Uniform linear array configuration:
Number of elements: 4
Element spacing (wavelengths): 0.75
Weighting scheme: uniform
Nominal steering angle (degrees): -45
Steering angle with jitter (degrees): -43.469
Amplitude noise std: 0.05
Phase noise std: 0.05

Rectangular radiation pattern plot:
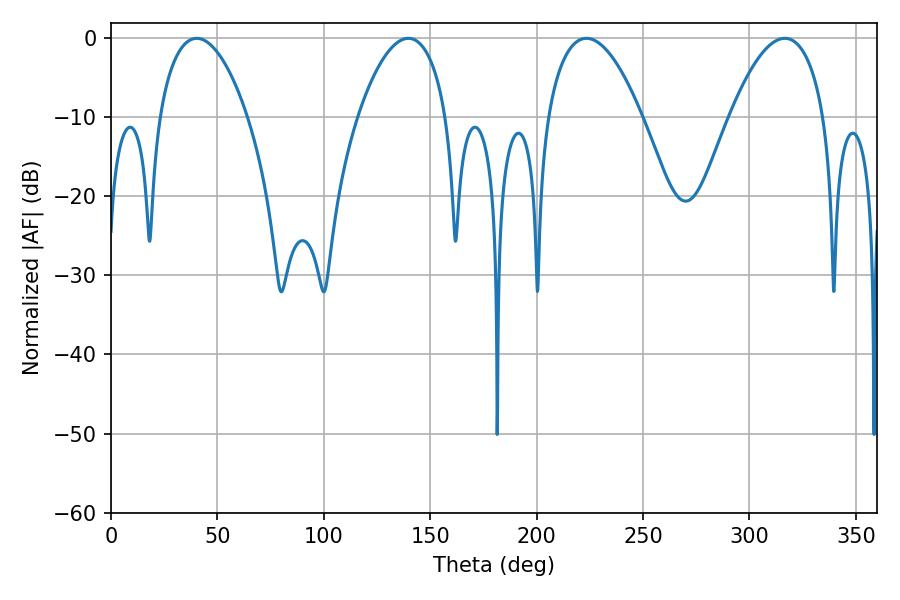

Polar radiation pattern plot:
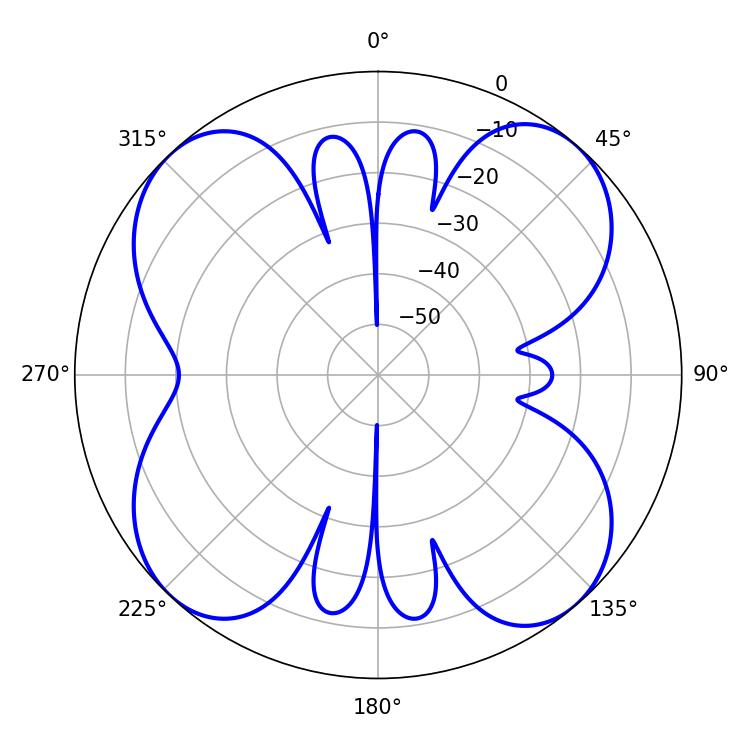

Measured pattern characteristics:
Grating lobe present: TRUE
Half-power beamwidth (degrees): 24.66
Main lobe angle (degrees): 223.38